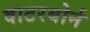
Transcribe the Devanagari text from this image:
वाटरबोर्न